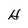
Character: H